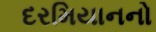
દરમિયાનનો